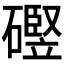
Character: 𪿻